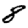
Digit: 8